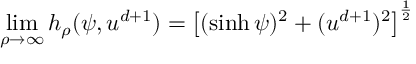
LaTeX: \operatorname * { l i m } _ { \rho \to \infty } h _ { \rho } ( \psi , u ^ { d + 1 } ) = \left[ ( \sinh \psi ) ^ { 2 } + ( u ^ { d + 1 } ) ^ { 2 } \right] ^ { \frac { 1 } { 2 } }